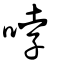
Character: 哱